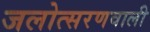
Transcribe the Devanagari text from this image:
जलोत्सरणवाली